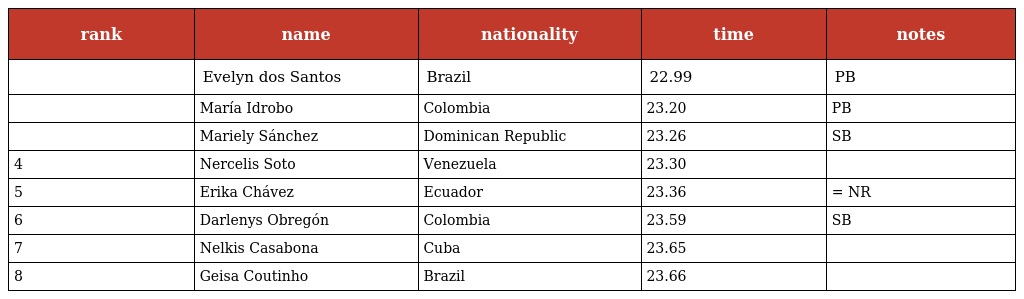
| rank | name | nationality | time | notes |
 | --- | --- | --- | --- | --- |
 |  | Evelyn dos Santos | Brazil | 22.99 | PB |
 |  | María Idrobo | Colombia | 23.20 | PB |
 |  | Mariely Sánchez | Dominican Republic | 23.26 | SB |
 | 4 | Nercelis Soto | Venezuela | 23.30 |  |
 | 5 | Erika Chávez | Ecuador | 23.36 | = NR |
 | 6 | Darlenys Obregón | Colombia | 23.59 | SB |
 | 7 | Nelkis Casabona | Cuba | 23.65 |  |
 | 8 | Geisa Coutinho | Brazil | 23.66 |  |